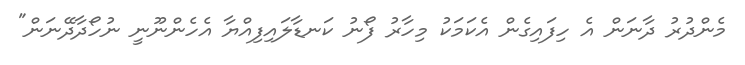
މެންދުރު ދާނަން އެ ހިފައިގެން އެކަމަކު މިހާރު ފޯނު ކަނޑާލައިފިއްޔާ އެހެންނޫނީ ނުހޯދާދޭނަން"